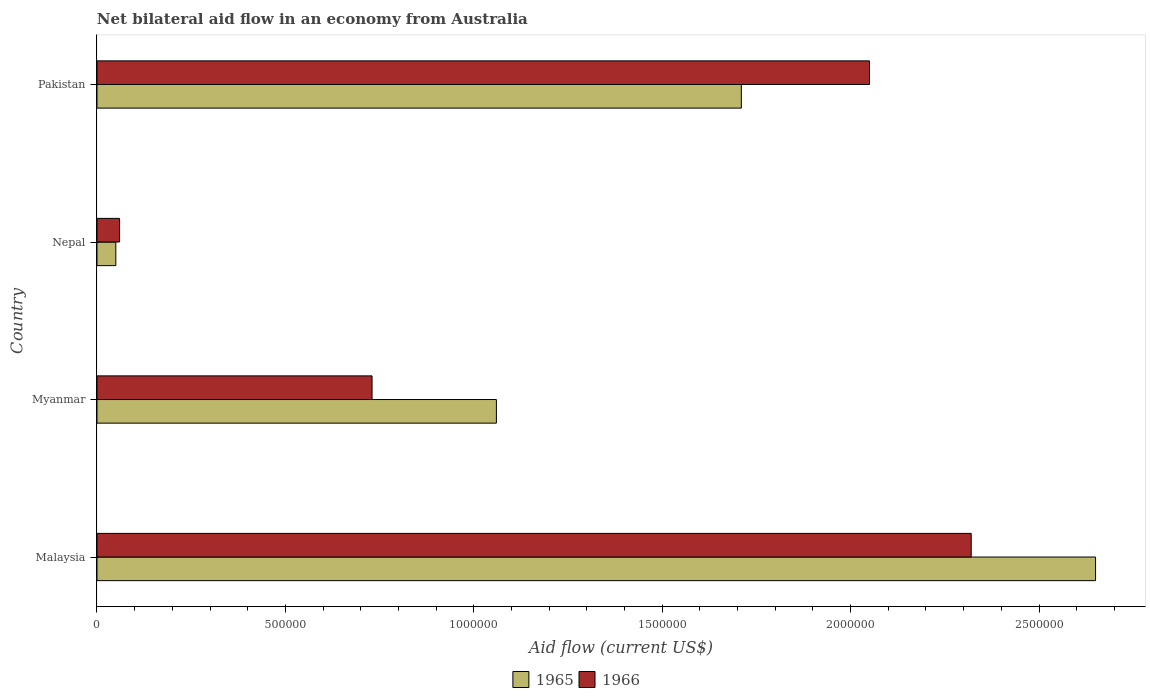
| Country | 1965 | 1966 |
 | --- | --- | --- |
 | Malaysia | 2.65e+06 | 2.32e+06 |
 | Myanmar | 1.06e+06 | 7.3e+05 |
 | Nepal | 5e+04 | 6e+04 |
 | Pakistan | 1.71e+06 | 2.05e+06 |